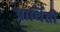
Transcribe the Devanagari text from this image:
प्रार्थिती